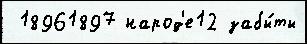
 18961897 народ'е12 забы́ты